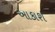
આકાશ